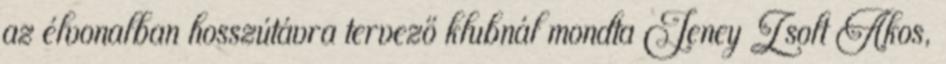
az élvonalban hosszútávra tervező klubnál mondta Jeney Zsolt Ákos,